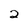
Character: 2